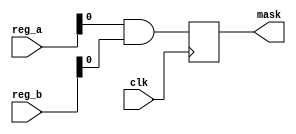
module target(clk,reg_a,reg_b,mask);
input clk;
input [3:0] reg_a,reg_b;
output reg mask;
always @(posedge clk)
 mask <= reg_a& reg_b;
endmodule